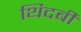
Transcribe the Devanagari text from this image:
थिदबी